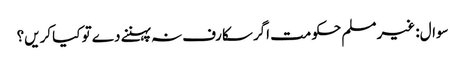
سوال: غیر مسلم حکومت اگر سکارف نہ پہننے دے تو کیا کریں؟